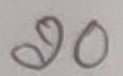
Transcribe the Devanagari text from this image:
२०